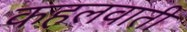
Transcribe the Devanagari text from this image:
कहलवाती